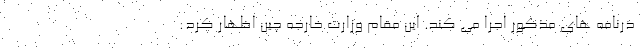
ذرنامه های مذکور اجرا می کند. این مقام وزارت خارجه چین اظهار کرد: